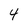
Character: 4